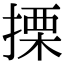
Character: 搮